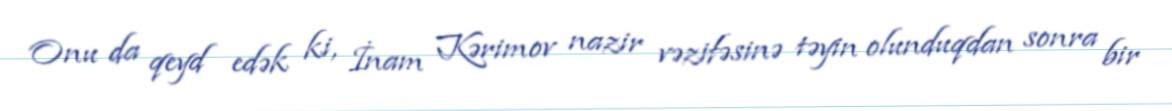
Onu da qeyd edək ki, İnam Kərimov nazir vəzifəsinə təyin olunduqdan sonra bir